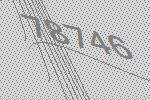
78746